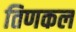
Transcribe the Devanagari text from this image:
तिणकल